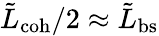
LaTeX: \tilde{L}_{\mathrm{coh}}/2\approx\tilde{L}_{\mathrm{bs}}